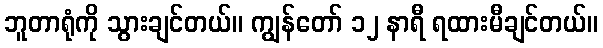
ဘူတာရုံကို သွားချင်တယ်။ ကျွန်တော် ၁၂ နာရီ ရထားမီချင်တယ်။